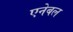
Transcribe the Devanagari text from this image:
एनेबल